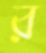
র